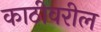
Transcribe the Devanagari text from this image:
काठीवरील